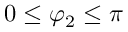
0 \leq \varphi _ { 2 } \leq \pi